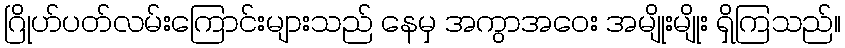
ဂြိုဟ်ပတ်လမ်းကြောင်းများသည် နေမှ အကွာအဝေး အမျိုးမျိုး ရှိကြသည်။